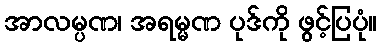
အာလမ္ပဏ၊ အရမ္မဏ ပုဒ်ကို ဖွင့်ပြပုံ။